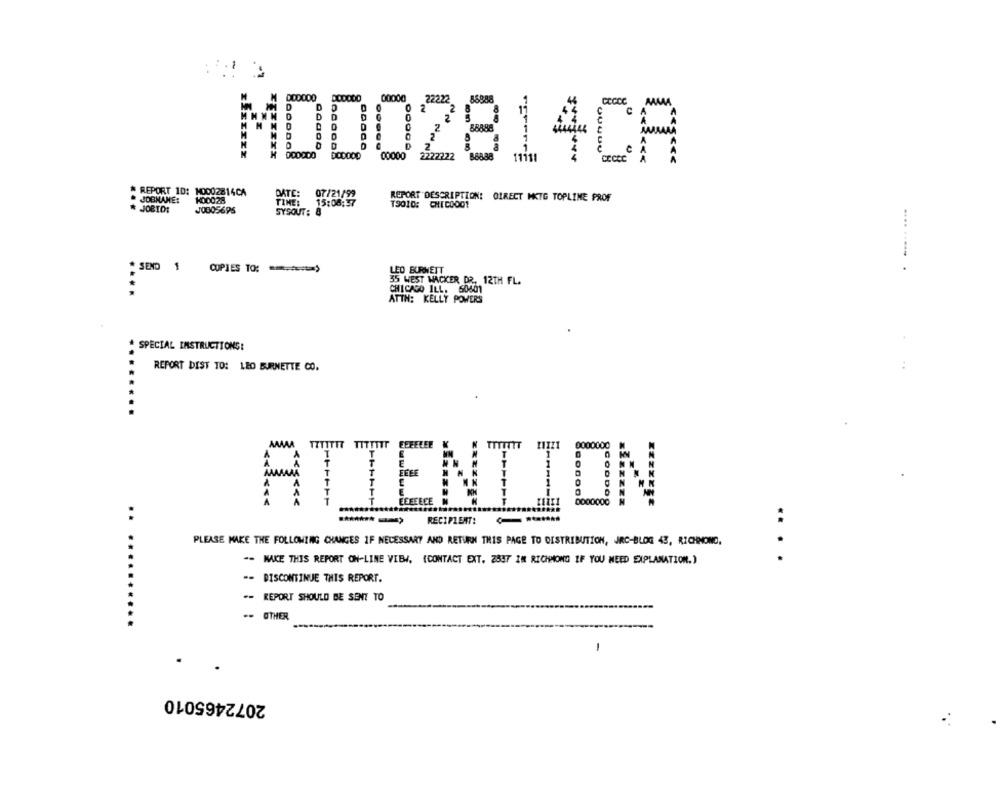
0000
MOD02814CA
REPORT 10: M0002814CA
DATE:
07 /21/99
REPORT DESCRIPTION: OLRECT MKTG TOPLINE PROF
JOBNAME:
H00028
TIME:
15:08:37
T9010: CHICO001
JOBID:
JOGOS695
SYSOUT: 8
.... .....
SEND
1
COPIES TO: )
LEO BURNETT
35 WEST WACKER DR. 12TH FL.
CHICAGO ILL. 50601
ATTN: KELLY POWERS
* SPECIAL INSTRUCTIONS:
REPORT DIST TO: LEO BURNETTE CO.
TTTTTIT TITTTTT
CODDO
ATTENTION
RECIPIENT:
PLEASE MAKE THE FOLLOWING CHANGES IF NECESSARY AND RETURN THIS PAGE TO DISTRIBUTION, JRC-BLOG 43, RICHMOND.
-- MAKE THIS REPORT ON-LINE VIEW. (CONTACT EXT. 2597 IM RICHMOND IF YOU NEED EXPLANATION.)
....
-- DISCONTINUE THIS REPORT.
.- REPORT SHOULD BE SENT TO
.- OTHER
............
-
2072465010